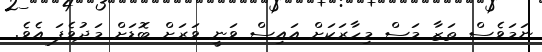
ނަމަވެސް ތަޒާ މަސް މިހާރަކަށް އައިސް ވަނީ ވަރަށް ބޮޑަށް މަދުވެފަ އެވެ.